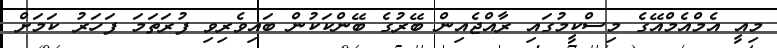
މިއީ އެމްއެމްއޭގެ މިސްކީމުގައި ރާއްޖެއިން ބޭރުގެ ބޭންކަކުން ބައިވެރިވި ފުރަތަމަ ފަހަރު ކަމަށް